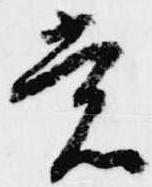
裳